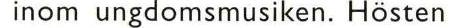
 inom ungdomsmusiken. Hösten